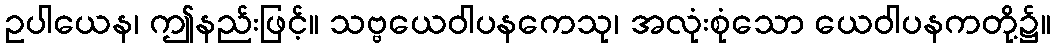
ဥပါယေန၊ ဤနည်းဖြင့်။ သဗ္ဗယေဝါပနကေသု၊ အလုံးစုံသော ယေဝါပနကတို့၌။